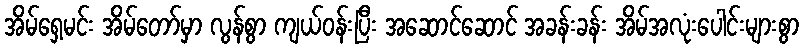
အိမ်ရှေ့မင်း အိမ်တော်မှာ လွန်စွာ ကျယ်ဝန်းပြီး အဆောင်ဆောင် အခန်းခန်း အိမ်အလုံးပေါင်းများစွာ